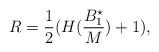
LaTeX: \begin{align*} R = \frac{1}{2} (H(\frac{B_1^{\star} }{M}) + 1), \end{align*}